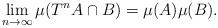
LaTeX: \begin{align*}\lim_{n \to \infty} \mu(T^{n}A \cap B) = \mu(A)\mu(B).\end{align*}